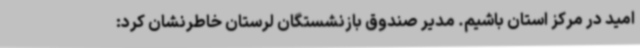
امید در مرکز استان باشیم. مدیر صندوق بازنشستگان لرستان خاطرنشان کرد: